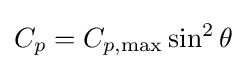
C_{p}=C_{p,\max }\sin ^{2}\theta